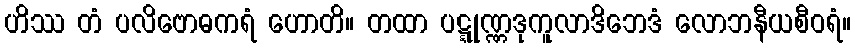
ဟိဿ တံ ပလိဗောဓကရံ ဟောတိ။ တထာ ပဋ္ဋုဏ္ဏဒုကူလာဒိဘေဒံ လောဘနီယစီဝရံ။